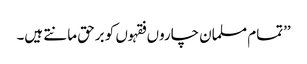
’’تمام مسلمان چاروں فقہوں کو برحق مانتے ہیں۔